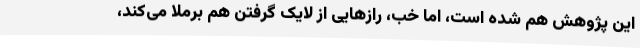
این پژوهش هم شده است، اما خب، راز‌هایی از لایک گرفتن هم برملا می‌کند،